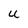
Character: U